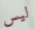
ليس